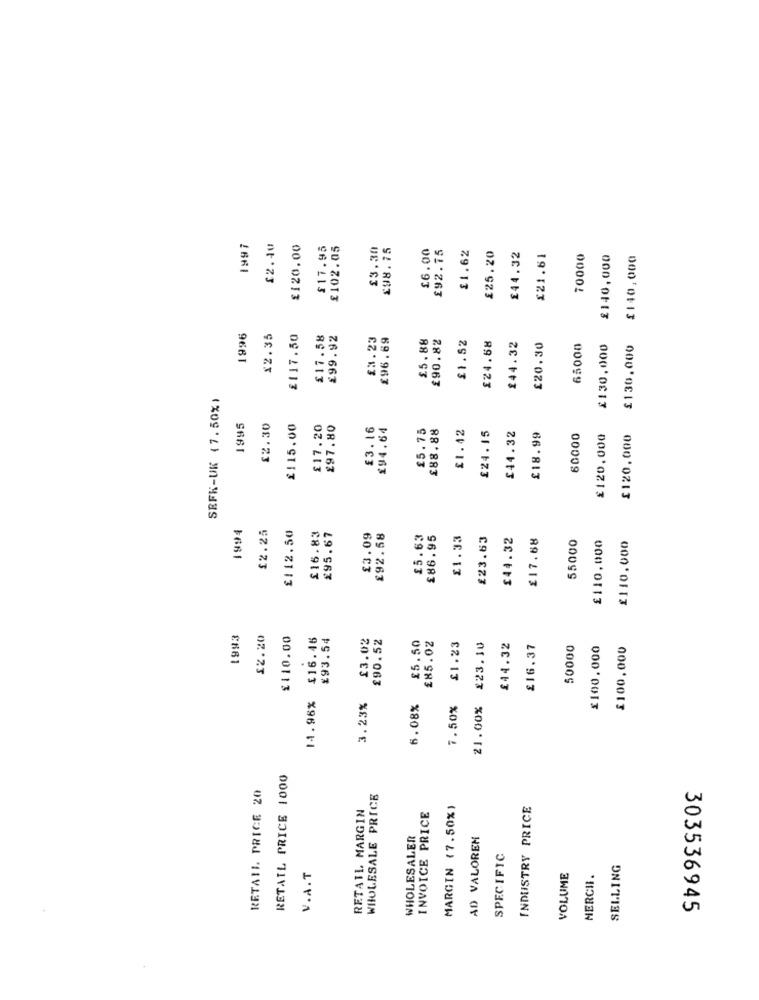
1997
12.40
£120.00
$17.95
£102.05
£3.30
£98.75
£6.00
£92.75
£25.20
£1.62
£44.32
£21.61
70000
£140,000
£140,000
1996
$2.35
£117.50
£17.58
£99.92
£3.23
£96.69
$5.88
£90.82
£1.52
£24.58
£44.32
£20.30
65000
£130.000
£130.000
SEFK-UK (7.50%)
1995
12.30
£115.00
£17.20
£97.80
£3.16
£94.64
£5.75
£1.42
£88.88
£24.15
£44.32
£18.99
60000
£120,000
£120,000
1994
12.25
£112.50
£16.83
£95.67
£3.09
£92.58
£5.63
£86.95
£1.33
£23.63
$44.32
£17.68
55000
£110.000
£110.000
1993
12.20
£110.00
£16.45
£93.54
£3.02
£90.52
£5.50
£85.02
£1.23
£23.10
£44.32
£16.37
50000
£100.000
£100.000
14.96%
3.23%
6.08%
7.50%
21.00%
RETAIL PRICE 1000
RETAIL PRICE 20
WHOLESALE PRICE
RETAIL MARGIN
MARGIN (7.50%)
INDUSTRY PRICE
INVOICE PRICE
WHOLESALER
AD VALOREM
SPECIFIC
SELLING
V.A.T
VOLUME
MERCII.
303536945